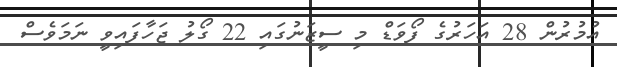
އުމުރުން 28 އަހަރުގެ ފޯވަޑް މި ސީޒަނުގައި 22 ގޯލު ޖަހާފައިވީ ނަމަވެސް